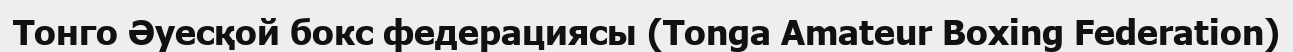
Тонго Әуесқой бокс федерациясы (Tonga Amateur Boxing Federation)